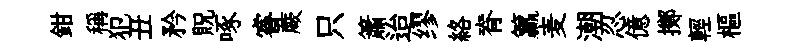
鉗稱犯丑矜貺啄睿蕨只簫迨缪絡脊籯麦潮忍億擲輕樞